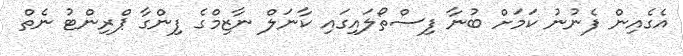
އެގެއިން ފެނުނު ކަމަށް ބުނާ ފިސްތޯލައިގައި ކާނަލް ނާޒިމްގެ ފިންގާ ޕްރިންޓު ނެތް